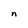
Character: n